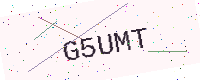
Text: G5UMT